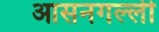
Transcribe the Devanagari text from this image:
आसनगल्ली